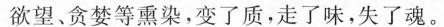
欲望、贪婪等熏染。变了质，走了味，失了魂。